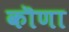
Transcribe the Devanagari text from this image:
कॊणा